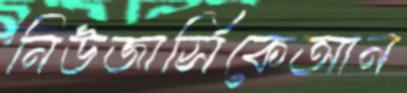
নিউজার্সিকেআন